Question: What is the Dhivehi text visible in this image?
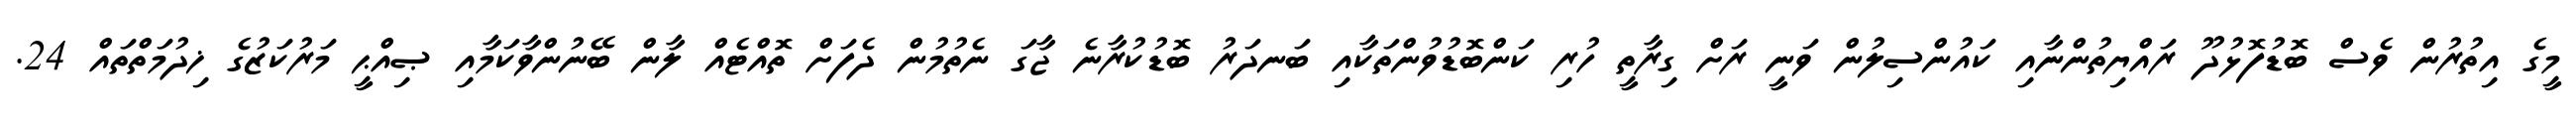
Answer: މީގެ އިތުރުން ވެސް ބޮޑުފޮޅުދޫ ރައްޔިތުންނާއި ކައުންސިލުން ވަނީ ރަށް ގިރާތީ ހުރި ކަންބޮޑުވުންތަކާއި ބަނދަރު ބޮޑުކުރާނެ ޖާގަ ނެތުމުން ދެފަށް ތޮއްޓެއް ލާން ބޭނުންވާކަމާއި ޞިއްޙީ މަރުކަޒުގެ ޚިދުމަތްތައް 24.